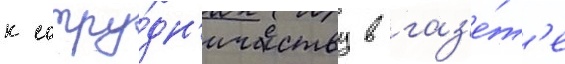
к сотру́дн'ичеству в газ'е́т'е